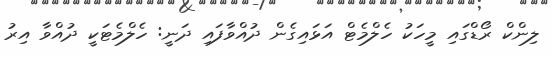
ލިންކް ރޯޑްގައި މީހަކު ހެލްމެޓް އަޅައިގެން ދުއްވާފައި ދަނީ: ހެލްމެޓަކީ ދުއްވާ އިރު